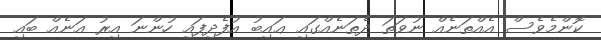
ކޮންމެވެސް އެއްތަނެއް ނުވަތަ ދެތަނެއްގައި ޢައިބު އުފެދިފައި ހުންނަ އިރު އަނެއް ބައި